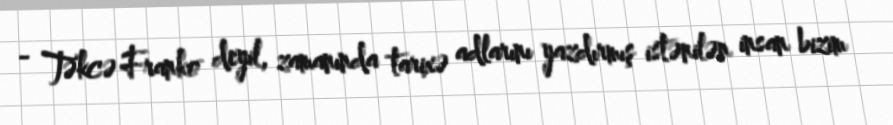
- Təkcə Franko deyil, zamanında tarixə adlarını yazdırmış istənilən insan bizim